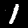
Label: 1